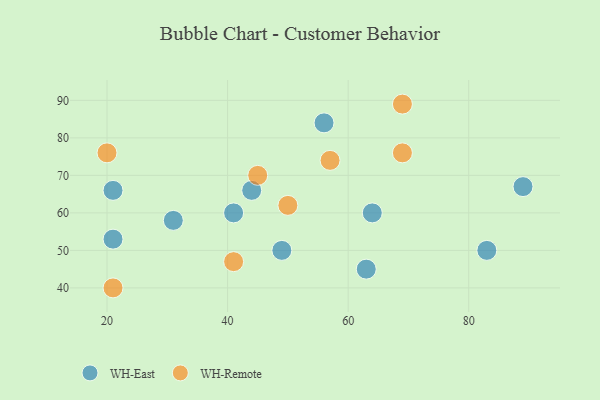
{"axis": {"x": "GDP", "y": "Life Expectancy"}, "legend": ["WH-East", "WH-Remote"], "data": [{"x": "89", "y": 67, "type": "WH-East"}, {"x": "49", "y": 50, "type": "WH-East"}, {"x": "31", "y": 58, "type": "WH-East"}, {"x": "44", "y": 66, "type": "WH-East"}, {"x": "83", "y": 50, "type": "WH-East"}, {"x": "56", "y": 84, "type": "WH-East"}, {"x": "41", "y": 60, "type": "WH-East"}, {"x": "21", "y": 66, "type": "WH-East"}, {"x": "64", "y": 60, "type": "WH-East"}, {"x": "63", "y": 45, "type": "WH-East"}, {"x": "21", "y": 53, "type": "WH-East"}, {"x": "20", "y": 76, "type": "WH-Remote"}, {"x": "45", "y": 70, "type": "WH-Remote"}, {"x": "57", "y": 74, "type": "WH-Remote"}, {"x": "50", "y": 62, "type": "WH-Remote"}, {"x": "69", "y": 89, "type": "WH-Remote"}, {"x": "41", "y": 47, "type": "WH-Remote"}, {"x": "21", "y": 40, "type": "WH-Remote"}, {"x": "69", "y": 76, "type": "WH-Remote"}]}